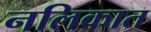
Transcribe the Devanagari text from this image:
नलिकात